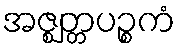
အဇ္ဈတ္တပဉ္စကံ